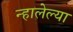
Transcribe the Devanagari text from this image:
न्हालेल्या